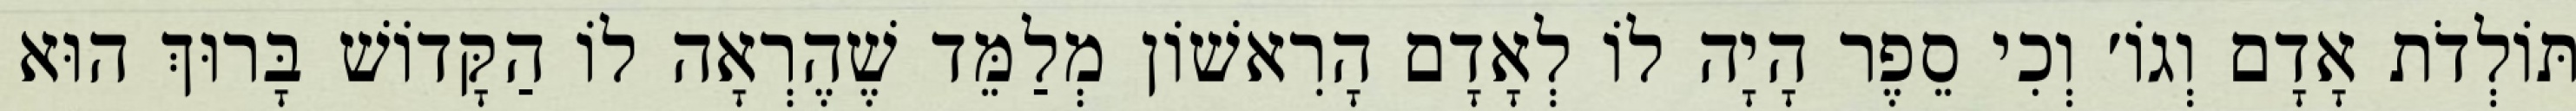
תּוֹלְדֹת אָדָם וְגוֹ׳ וְכִי סֵפֶר הָיָה לוֹ לְאָדָם הָרִאשׁוֹן מְלַמֵּד שֶׁהֶרְאָה לוֹ הַקָּדוֹשׁ בָּרוּךְ הוּא